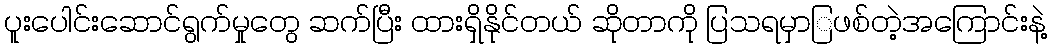
ပူးပေါင်းဆောင်ရွက်မှုတွေ ဆက်ပြီး ထားရှိနိုင်တယ် ဆိုတာကို ပြသရမှာြဖစ်တဲ့အကြောင်းနဲ့